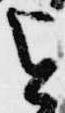
と